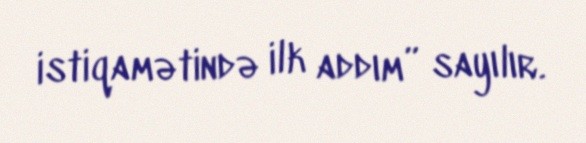
istiqamətində ilk addım” sayılır.